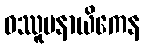
ဝဿူပနာယိကေန